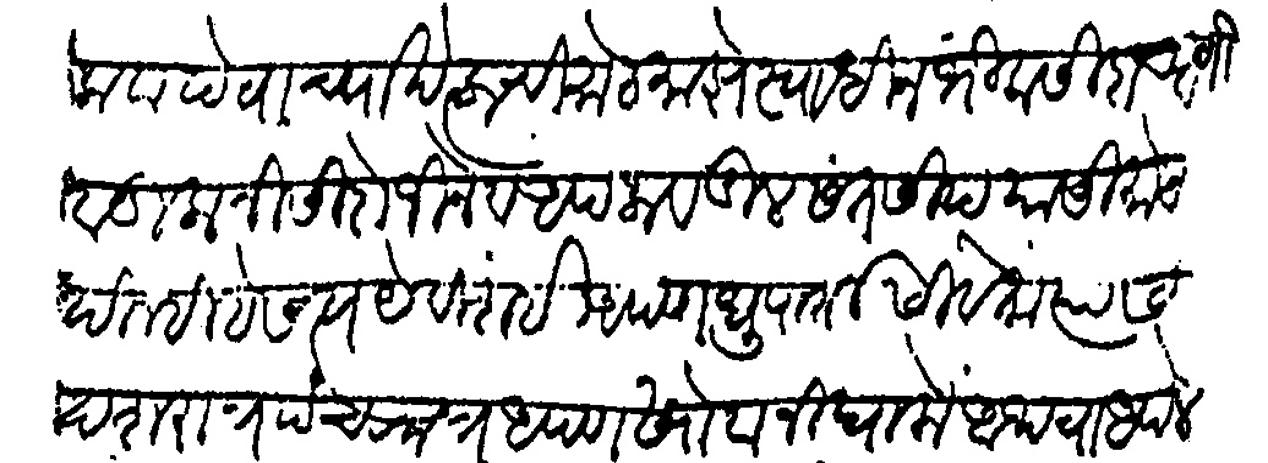
Transliteration (Devanagari): धाकटा देवाच्या खेलाची मोट माझे स्वाधीन भीक सीदा याणी वडीलानी सिदोजीने व आपला वडिल सत सिद यासी मोट दिल्ही हे सत्य ये विशई आपण धुपार्ती सीवतो त्यास दशरात्र पंचरात्र आपण खोटा निघालो अथवा आपले